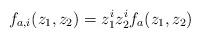
LaTeX: \begin{align*}f_{a,i}(z_1,z_2)=z_1^iz_2^if_a(z_1,z_2)\end{align*}